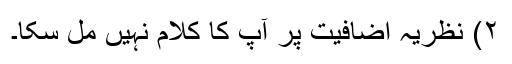
۲) نظریہ اضافیت پر آپ کا کلام نہیں مل سکا۔